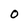
Character: O